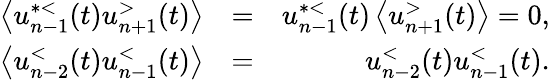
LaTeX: \begin{array}{rlr}{\left\langle u_{n-1}^{*<}(t)u_{n+1}^{>}(t)\right\rangle}&{=}&{u_{n-1}^{*<}(t)\left\langle u_{n+1}^{>}(t)\right\rangle=0,}\\ {\left\langle u_{n-2}^{<}(t)u_{n-1}^{<}(t)\right\rangle}&{=}&{u_{n-2}^{<}(t)u_{n-1}^{<}(t).}\end{array}